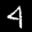
Label: 4